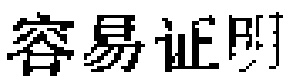
容易证明